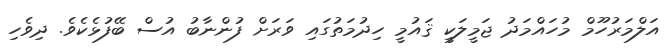
އަލްމަރުހޫމް މުހައްމަދު ޖަމީލަކީ ޤައުމީ ހިދުމަތުގައި ވަރަށް ފުންނާބު އުސް ބޭފުޅެކެވެ. ދިވެހި